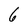
Character: 6